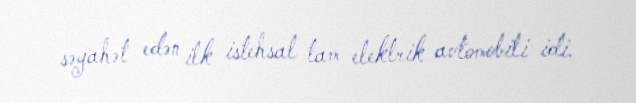
səyahət edən ilk istehsal tam elektrik avtomobili idi.